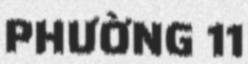
PHƯỜNG 11